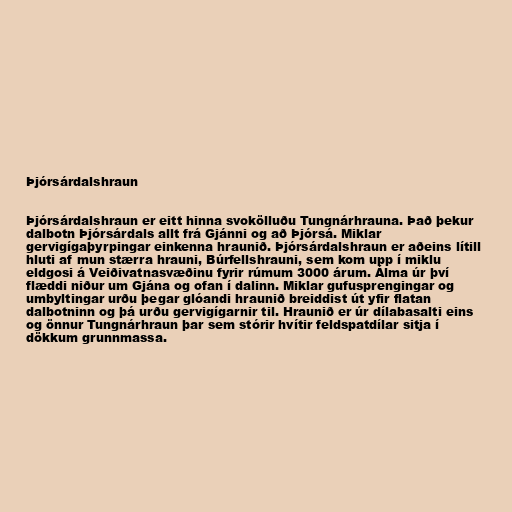
Þjórsárdalshraun

Þjórsárdalshraun er eitt hinna svokölluðu Tungnárhrauna. Það þekur
dalbotn Þjórsárdals allt frá Gjánni og að Þjórsá. Miklar
gervigígaþyrpingar einkenna hraunið. Þjórsárdalshraun er aðeins lítill
hluti af mun stærra hrauni, Búrfellshrauni, sem kom upp í miklu
eldgosi á Veiðivatnasvæðinu fyrir rúmum 3000 árum. Álma úr því
flæddi niður um Gjána og ofan í dalinn. Miklar gufusprengingar og
umbyltingar urðu þegar glóandi hraunið breiddist út yfir flatan
dalbotninn og þá urðu gervigígarnir til. Hraunið er úr dílabasalti eins
og önnur Tungnárhraun þar sem stórir hvítir feldspatdílar sitja í
dökkum grunnmassa.